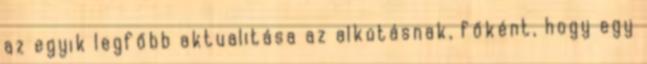
az egyik legfőbb aktualitása az alkotásnak, főként, hogy egy